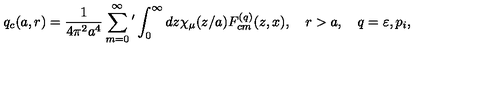
q _ { c } ( a , r ) = \frac { 1 } { 4 \pi ^ { 2 } a ^ { 4 } } \sum _ { m = 0 } ^ { \infty } { ' } \int _ { 0 } ^ { \infty } { d z \chi _ { \mu } ( z / a ) F _ { c m } ^ { ( q ) } ( z , x ) } , \quad r > a , \quad q = \varepsilon , p _ { i } ,